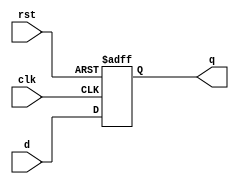
/*
D-FF Simples
Funcionamento bsico: 
Na borda de subida do dado, ele  armazenado na sada.
*/

module d_ff_rst(
	input d, clk, rst,
	output reg q
);

always@(posedge clk, posedge rst)
begin
	if(rst)
		q <= 1'b0;
	else
		q <= d;
end

endmodule